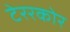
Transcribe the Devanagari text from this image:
टेररकोर